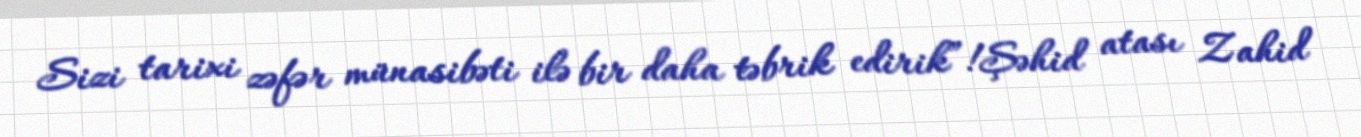
Sizi tarixi zəfər münasibəti ilə bir daha təbrik edirik”!Şəhid atası Zahid